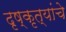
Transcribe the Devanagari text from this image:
दृष्कृत्यांचे